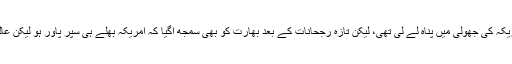
اس گریٹ گیم میں بھارت نے پوری طرح امریکہ کی جھولی میں پناہ لے لی تھی، لیکن تازہ رجحانات کے بعد بھارت کو بھی سمجھ آگیا کہ امریکہ بھلے ہی سپر پاور ہو لیکن عالمی امور میں اس کا دبدبہ پہلے جیسا نہیں رہا۔